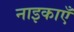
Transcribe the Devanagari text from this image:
नाइकाएँ